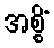
အစ္စိံ